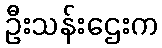
ဦးသန်းဌေးက